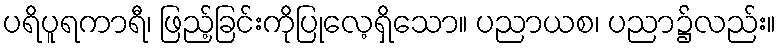
ပရိပူရကာရီ၊ ဖြည့်ခြင်းကိုပြုလေ့ရှိသော။ ပညာယစ၊ ပညာ၌လည်း။